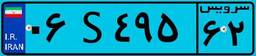
۵۴S۱۱۹۳۷